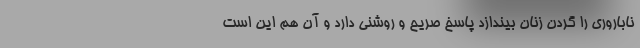
ناباروری را گردن زنان بیندازد پاسخ صریح و روشنی دارد و آن هم این است